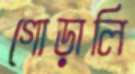
গোড়ালি